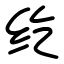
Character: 纥